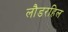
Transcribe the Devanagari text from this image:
लौडरहिल